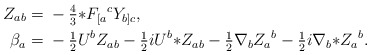
\begin{align*}Z_{ab}={}&- \tfrac{4}{3} {*}F_{[a}{}^{c}Y_{b]c},\\\beta_a={}&- \tfrac{1}{2} U^{b} Z_{ab} - \tfrac{1}{2}i U^{b} {*}Z_{ab} - \tfrac{1}{2} \nabla_{b}Z_{a}{}^{b} - \tfrac{1}{2}i \nabla_{b}{*}Z_{a}{}^{b} .\end{align*}